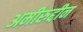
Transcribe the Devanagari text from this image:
अमीरुद्दीन